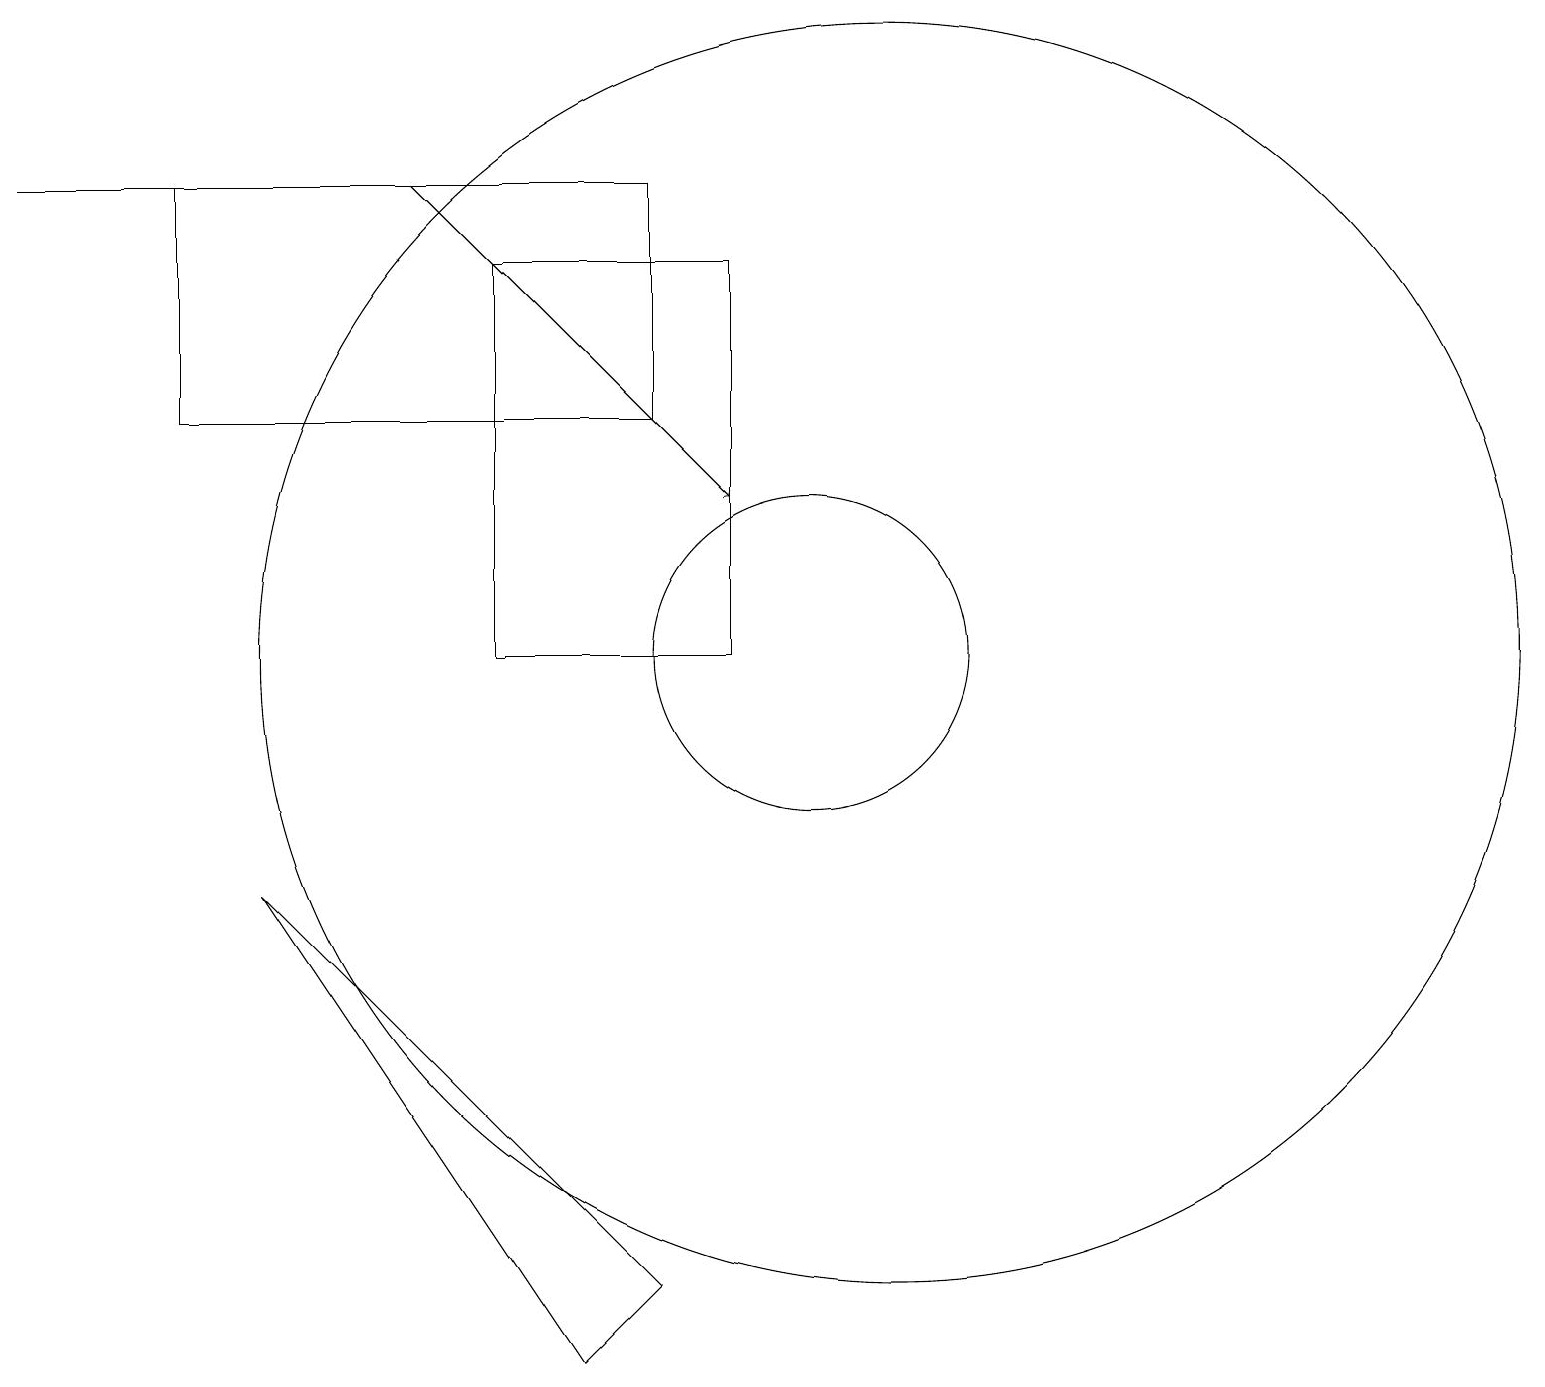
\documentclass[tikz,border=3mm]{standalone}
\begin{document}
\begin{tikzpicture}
\draw (11,11) circle (8);
\draw (6,16) rectangle (9,11);
\draw (10,11) circle (2);
\draw (3,8) -- (7,2) -- (8,3) -- cycle;
\draw[->] (5,17) -- (9,13);
\draw (5,17) rectangle (0,17);
\draw (8,14) rectangle (2,17);
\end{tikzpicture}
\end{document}